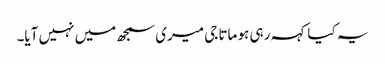
یہ کیا کہہ رہی ہو ماتا جی میری سمجھ میں نہیں آیا۔